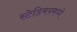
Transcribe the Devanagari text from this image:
स्टेडिमयमध्ये